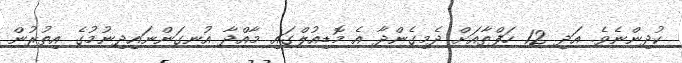
ކުދިންނެވެ. އަދި 12 ހަފްތާއަށް ދެމިގެންދާ އެ މޮޑިއުލްގައި މާއްދާ އުނގަންނައިދިނުމުގެ އިތުރުން